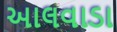
આલવાડા